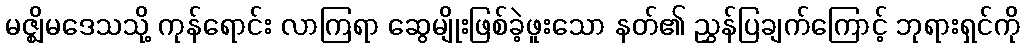
မဇ္ဈိမဒေသသို့ ကုန်ရောင်း လာကြရာ ဆွေမျိုးဖြစ်ခဲ့ဖူးသော နတ်၏ ညွှန်ပြချက်ကြောင့် ဘုရားရှင်ကို